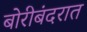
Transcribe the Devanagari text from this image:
बोरीबंदरात